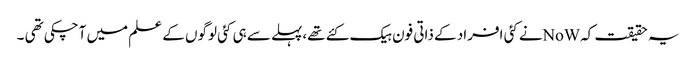
یہ حقیقت کہNoWنے کئی افراد کے ذاتی فون ہیک کئے تھے،پہلے سے ہی کئی لوگوں کے علم میں آچکی تھی ۔